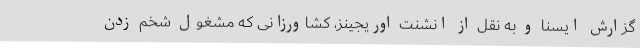
گزارش ایسنا و به نقل از انشنت اوریجینز، کشاورزانی که مشغول شخم زدن